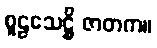
စူဠသေဋ္ဌိ ဇာတက။